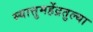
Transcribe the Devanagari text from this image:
स्यात्तुमहेंद्रतुल्या